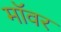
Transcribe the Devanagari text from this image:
मॉवर